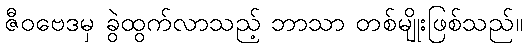
ဇီဝဗေဒမှ ခွဲထွက်လာသည့် ဘာသာ တစ်မျိုးဖြစ်သည်။